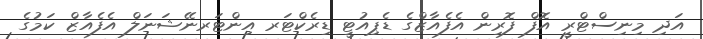
އަދި މިނިސްޓްރީ އޮފް ފޮރިން އެފެއާޒްގެ ޑެޕިއުޓީ ޑިރެކްޓަރ އިންޓަރނޭޝަނަލް އެފެއާޒް ކަމުގެ